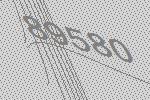
89580